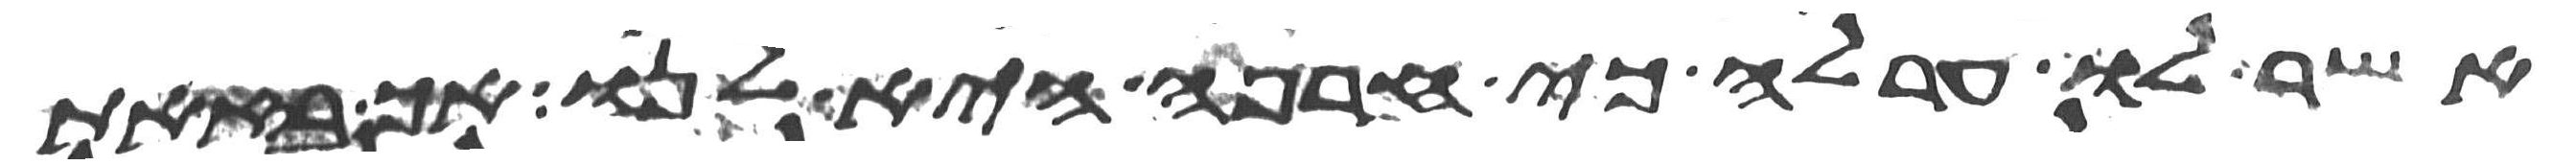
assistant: אשר לו ערלה כי חרפה היא לנו אך בזאת